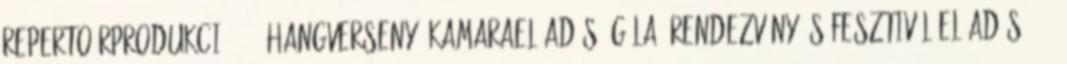
repertoárprodukció, 100 hangverseny, kamaraelőadás, gála, rendezvény és fesztivál-előadás, 200